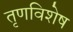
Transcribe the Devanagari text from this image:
तृणविशेष